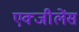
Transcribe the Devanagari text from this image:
एक्जीलेंस